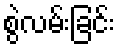
စွဲလမ်းခြင်း